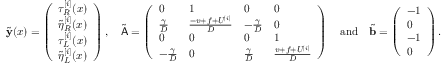
\tilde { \mathbf { y } } ( x ) = \left( \begin{array} { l } { \tau _ { R } ^ { [ i ] } ( x ) } \\ { \tilde { \eta } _ { R } ^ { [ i ] } ( x ) } \\ { \tau _ { L } ^ { [ i ] } ( x ) } \\ { \tilde { \eta } _ { L } ^ { [ i ] } ( x ) } \end{array} \right) , \quad \tilde { \mathsf { A } } = \left( \begin{array} { l l l l } { 0 } & { 1 } & { 0 } & { 0 } \\ { \frac { \gamma } { D } } & { \frac { - v + f + U ^ { [ i ] } } { D } } & { - \frac { \gamma } { D } } & { 0 } \\ { 0 } & { 0 } & { 0 } & { 1 } \\ { - \frac { \gamma } { D } } & { 0 } & { \frac { \gamma } { D } } & { \frac { v + f + U ^ { [ i ] } } { D } } \end{array} \right) \quad \mathrm { a n d } \quad \tilde { \mathbf { b } } = \left( \begin{array} { l } { - 1 } \\ { 0 } \\ { - 1 } \\ { 0 } \end{array} \right) .